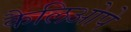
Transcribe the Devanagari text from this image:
कैलिओपे